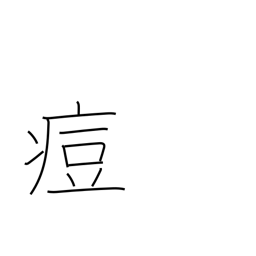
Meaning: pox